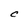
Character: C